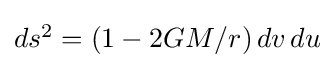
\textstyle ds^{2}=\left(1-{2GM}/{r}\right)dv\,du